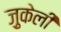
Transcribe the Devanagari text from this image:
ज़ुकेली